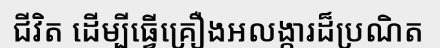
ជីវិត ដើម្បីធ្វើគ្រឿងអលង្ការដ៏ប្រណិត